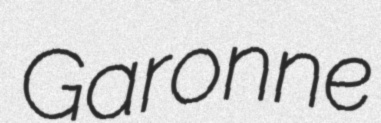
Garonne